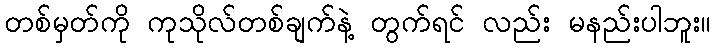
တစ်မှတ်ကို ကုသိုလ်တစ်ချက်နဲ့ တွက်ရင် လည်း မနည်းပါဘူး။